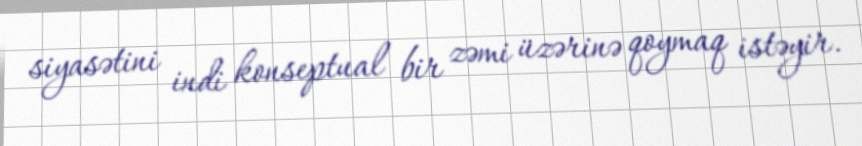
siyasətini indi konseptual bir zəmi üzərinə qoymaq istəyir.